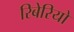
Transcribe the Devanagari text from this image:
रिबेरियो